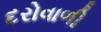
દરોવાળી